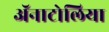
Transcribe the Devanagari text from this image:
ॲनाटोलिया